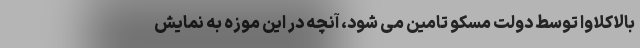
بالاکلاوا توسط دولت مسکو تامین می شود، آنچه در این موزه به نمایش